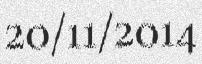
20/11/2014